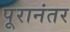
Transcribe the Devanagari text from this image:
पूरानंतर